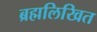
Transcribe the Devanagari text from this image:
ब्रह्मलिखित